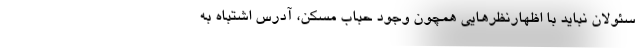
سئولان نباید با اظهارنظرهایی همچون وجود حباب مسکن، آدرس اشتباه به